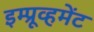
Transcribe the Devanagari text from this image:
इम्प्रूव्हमेंट